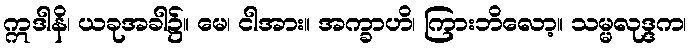
ဣဒါနိ၊ ယခုအခါ၌။ မေ၊ ငါအား။ အက္ခာဟိ၊ ကြားဘိလော့။ သမ္မလုဒ္ဒက၊